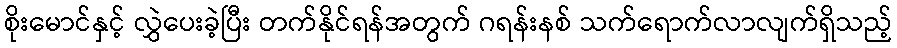
စိုးမောင်နှင့် လွှဲပေးခဲ့ပြီး တက်နိုင်ရန်အတွက် ဂရန်းနစ် သက်ရောက်လာလျက်ရှိသည့်